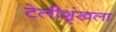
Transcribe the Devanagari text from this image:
टेलीशृंखला